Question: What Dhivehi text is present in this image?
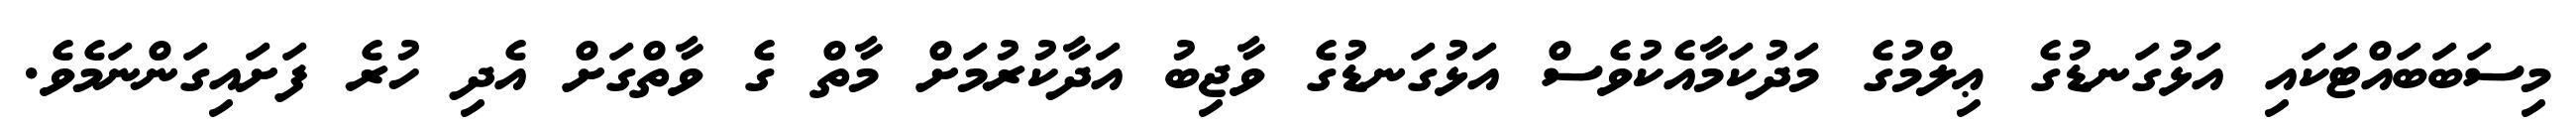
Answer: މިސަބަބައްޓަކައި އަޅުގަނޑުގެ ޢިލްމުގެ މަދުކަމާއެކުވެސް އަޅުގަނޑުގެ ވާޖިބު އަދާކުރުމަށް މާތް ގެ ވާތްގަށް އެދި ހުރެ ފަށައިގަންނަމެވެ.